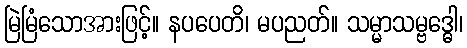
မြဲမြံသောအားဖြင့်။ နပပေတိ၊ မပညတ်။ သမ္မာသမ္ဗဒ္ဓေါ၊